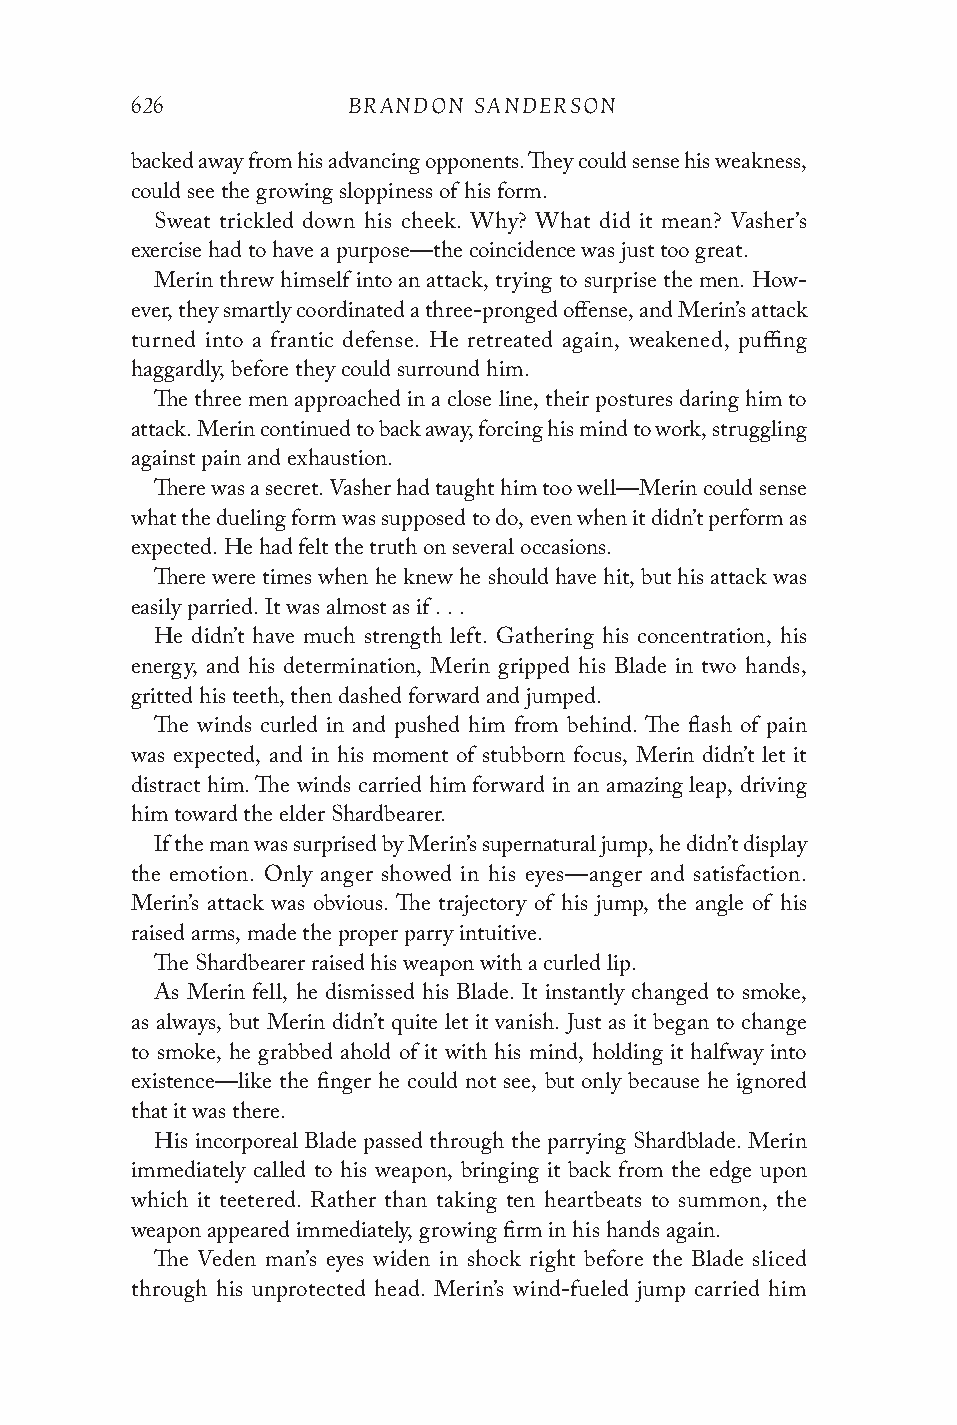
626           BRANDON SANDERSON
 backed away from his advancing opponents. They could sense his weakness,
 could see the growing sloppiness of his form.
 Sweat trickled down his cheek. Why? What did it mean? Vasher’s
 exercise had to have a purpose—the coincidence was just too great.
 Merin threw himself into an attack, trying to surprise the men. How-
 ever, they smartly coordinated a three-pronged offense, and Merin’s attack
 turned into a frantic defense. He retreated again, weakened, puffing
 haggardly, before they could surround him.
 The three men approached in a close line, their postures daring him to
 attack. Merin continued to back away, forcing his mind to work, struggling
 against pain and exhaustion.
 There was a secret. Vasher had taught him too well—Merin could sense
 what the dueling form was supposed to do, even when it didn’t perform as
 expected. He had felt the truth on several occasions.
 There were times when he knew he should have hit, but his attack was
 easily parried. It was almost as if . . .
 He didn’t have much strength left. Gathering his concentration, his
 energy, and his determination, Merin gripped his Blade in two hands,
 gritted his teeth, then dashed forward and jumped.
 The winds curled in and pushed him from behind. The flash of pain
 was expected, and in his moment of stubborn focus, Merin didn’t let it
 distract him. The winds carried him forward in an amazing leap, driving
 him toward the elder Shardbearer.
 If the man was surprised by Merin’s supernatural jump, he didn’t display
 the emotion. Only anger showed in his eyes—anger and satisfaction.
 Merin’s attack was obvious. The trajectory of his jump, the angle of his
 raised arms, made the proper parry intuitive.
 The Shardbearer raised his weapon with a curled lip.
 As Merin fell, he dismissed his Blade. It instantly changed to smoke,
 as always, but Merin didn’t quite let it vanish. Just as it began to change
 to smoke, he grabbed ahold of it with his mind, holding it halfway into
 existence—like the finger he could not see, but only because he ignored
 that it was there.
 His incorporeal Blade passed through the parrying Shardblade. Merin
 immediately called to his weapon, bringing it back from the edge upon
 which it teetered. Rather than taking ten heartbeats to summon, the
 weapon appeared immediately, growing firm in his hands again.
 The Veden man’s eyes widen in shock right before the Blade sliced
 through his unprotected head. Merin’s wind-fueled jump carried him